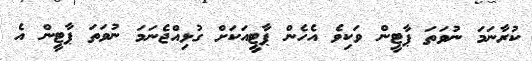
ކުރާނަމަ ނުވަތަ ޕާޓީން ވަކިވެ އެހެން ޕާޓީއަކަށް ގުޅިއްޖެނަމަ ނުވަތަ ޕާޓީން އެ